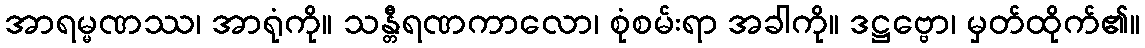
အာရမ္မဏဿ၊ အာရုံကို။ သန္တီရဏကာလော၊ စုံစမ်းရာ အခါကို။ ဒဋ္ဌဗ္ဗော၊ မှတ်ထိုက်၏။